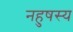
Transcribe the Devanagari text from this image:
नहुषस्य